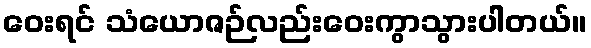
ဝေးရင် သံယောဇဉ်လည်းဝေးကွာသွားပါတယ်။